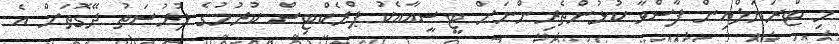
މި ޓްރަޔަލްއިން ފާސްވާ ކުޅުންތެރިންނަށް ޓީސީއާއެކު ޕްރެކްޓިސް ކުރުމުގެ ފުރުސަތު ދޭގޮތަށް އެ